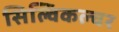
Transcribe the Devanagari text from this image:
सिल्विकल्चर